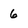
Character: 6